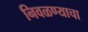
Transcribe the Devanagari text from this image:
निवळण्याचा